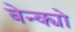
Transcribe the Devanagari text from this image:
बेन्क्यो